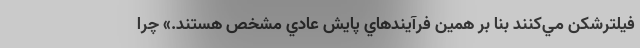
فيلترشكن مي‌كنند بنا بر همين فرآيندهاي پايش عادي مشخص هستند.» چرا